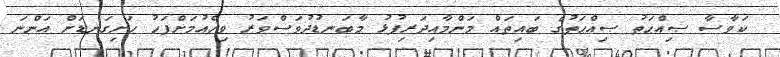
ކަވާސާ ޞިއްޙަތު ޞިއްޙަތުގެ ބައިތައް މަންމާއިދަރިފުޅު މާބަނޑުދުވަސްވަރު ވިހެއުމަށްފަހު ހަށިގަނޑަށް އަންނަ